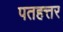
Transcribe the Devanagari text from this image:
पतहत्तर